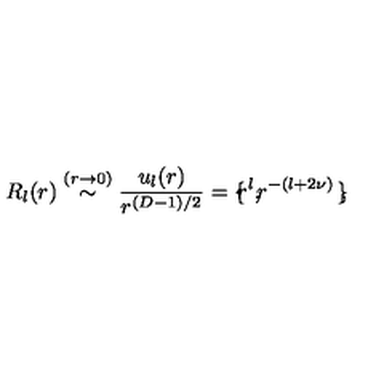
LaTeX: R _ { l } ( r ) \stackrel { ( r \rightarrow 0 ) } { \sim } \frac { u _ { l } ( r ) } { r ^ { ( { D } - 1 ) / 2 } } = \mathrm { \boldmath \large \left\{ \right. } \! \! \! r ^ { l } \mathrm { \boldmath \large , } \! r ^ { - ( l + 2 \nu ) } \mathrm { \boldmath \large \left. \right\} } \! \! ,